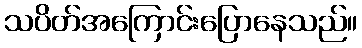
သပိတ်အကြောင်းပြောနေသည်။